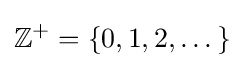
\mathbb {Z} ^{+}=\{0,1,2,\dots \}